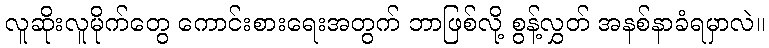
လူဆိုးလူမိုက်တွေ ကောင်းစားရေးအတွက် ဘာဖြစ်လို့ စွန့်လွှတ် အနစ်နာခံရမှာလဲ။